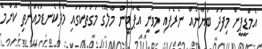
އެމްޑީޕީން މިފަދަ ބަޔާނެއް ނެރެފައި މިވަނީ އެޕާޓީން މާލޭގެ މަގުތަކުގައި މެދުކެނޑުމެއްނެތި ކޮންމެ